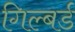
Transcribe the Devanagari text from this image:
गिल्बर्ड